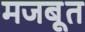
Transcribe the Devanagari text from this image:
मजबूूत